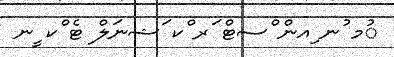
ުމ ުނ ިއން ްސޓް ަރ ްކ ަޝނަލް ޓެ ްކ ީނ